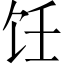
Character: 饪